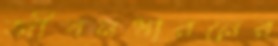
জীবনধারনের